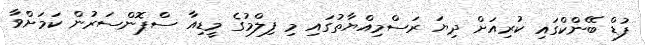
ފުޑް ބޭންކްގައި ކުރިއަށް ދިޔަ ރަސްމިއްޔާތުގައި މި ފިލްމުގެ މީޑިއާ ސްޕޮންސަރުން ކަމަށްވާ